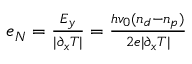
\begin{array} { r } { e _ { N } = { \frac { E _ { y } } { | \partial _ { x } T | } } = { \frac { h v _ { 0 } ( n _ { d } - n _ { p } ) } { 2 e | \partial _ { x } T | } } } \end{array}